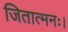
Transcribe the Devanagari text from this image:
जितात्मनः।